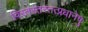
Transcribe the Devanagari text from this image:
विस्तस्तस्तत्प्रधानेषु